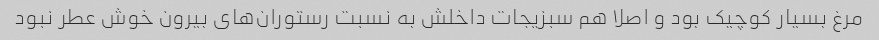
مرغ بسیار کوچیک بود و اصلا هم سبزیجات داخلش به نسبت رستوران‌های بیرون خوش عطر نبود